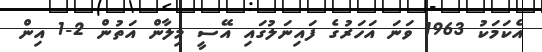
އެކަމަކު 1963 ވަނަ އަހަރުގެ ފައިނަލުގައި އޭސީ މިލާން އަތުން 2-1 އިން